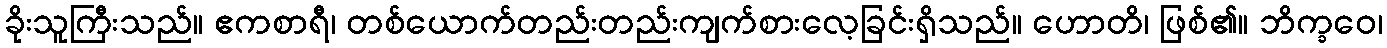
ခိုးသူကြီးသည်။ ဧကစာရီ၊ တစ်ယောက်တည်းတည်းကျက်စားလေ့ခြင်းရှိသည်။ ဟောတိ၊ ဖြစ်၏။ ဘိက္ခဝေ၊